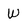
Character: W